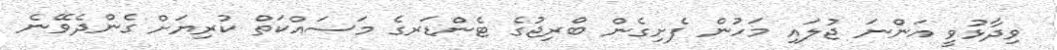
ވިދާޅުވީ އަންނަ ޖުލައި މަހުން ފެށިގެން ބްރިޖުގެ ޓެންޑަރގެ މަސައްކަތް ކުރިޔަށް ގެންދެވޭނެ